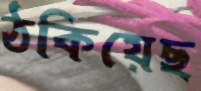
ঠকিয়েছ